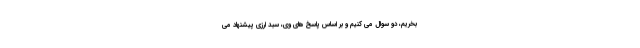
بخریم، دو سوال می کنیم و بر اساس پاسخ های وی، سبد ارزی پیشنهاد می